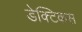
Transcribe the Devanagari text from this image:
डेक्टिकस